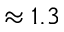
\approx 1 . 3